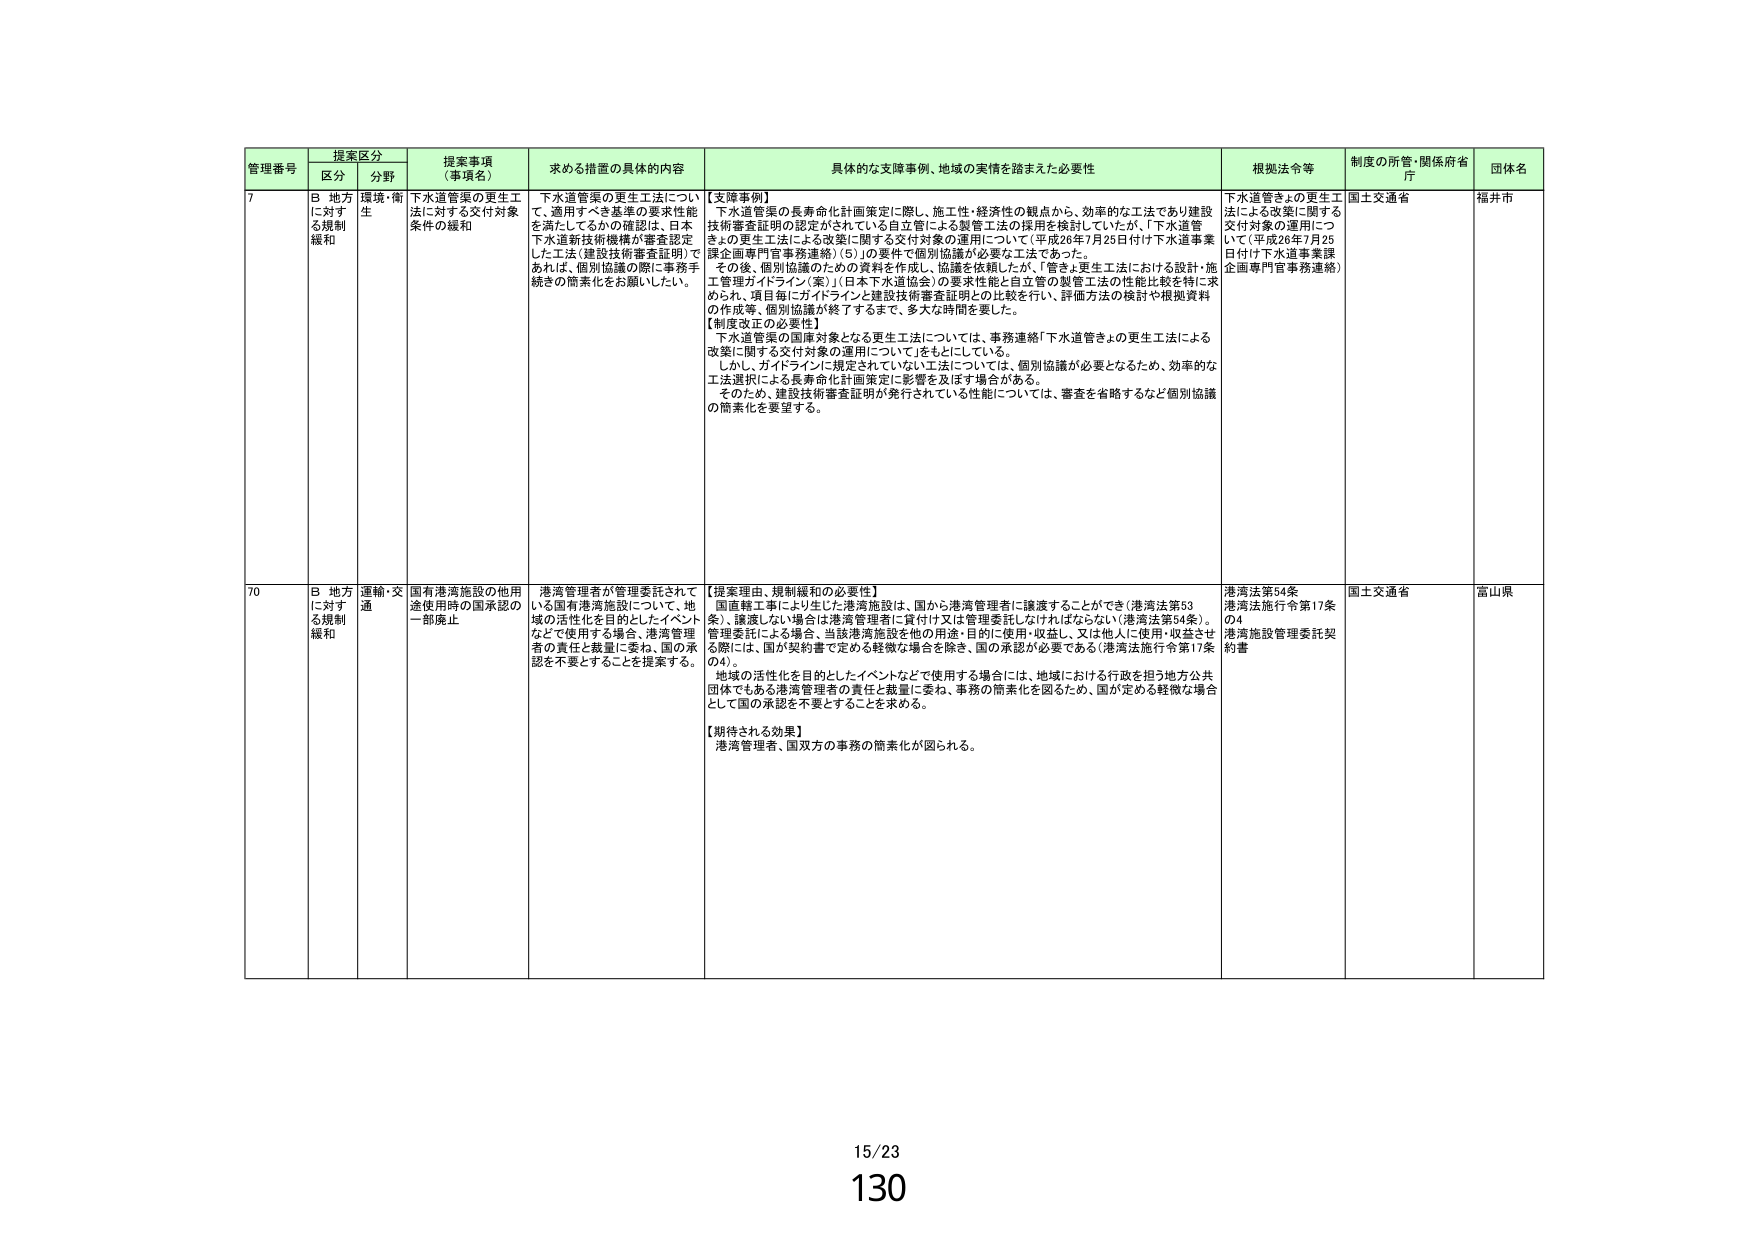
管理番号 提案区分 提案事項（事項名） 求める措置の具体的内容 具体的な支援事例、地域の実情を踏まえた必要性 根拠法令等 制度の所管・関係府省庁 団体名
区分 分野
7 B 地方に対する規制緩和 環境・衛生 下水道管渠の更生工法に対する交付対象条件の緩和 下水道管渠の更生工法について、適用すべき基準の要求性能を満たしているかの確認は、日本下水道新技術機構が審査認定した工法（建設技術審査証明）であれば、個別協議の際に事務手続きの簡素化をお願いしたい。 【支援事例】 下水道管渠の長寿命化計画策定に際し、施工性・経済性の観点から、効率的な工法であり建設技術審査証明の認定がされている自立管による製管工法の採用を検討していたが、「下水道管きょの更生工法による改案に関する交付対象の運用について（平成26年7月25日付け下水道事業課企画専門官事務連絡）（5）」の要件で個別協議が必要な工法であった。 その後、個別協議のための資料を作成し、協議を依頼したが、「管きょ更生工法における設計・施工管理ガイドライン（案）」（日本下水道協会）の要求性能と自立管の製管工法の性能比較を特に求められ、項目毎にガイドラインと建設技術審査証明との比較を行い、評価方法の検討や根拠資料の作成等、個別協議が終了するまで、多大な時間を要した。 【制度改正の必要性】 下水道管渠の国庫対象となる更生工法については、事務連絡「下水道管きょの更生工法による改案に関する交付対象の運用について」をもとにしている。 しかし、ガイドラインに規定されていない工法については、個別協議が必要となるため、効率的な工法選択による長寿命化計画策定に影響を及ぼす場合がある。 そのため、建設技術審査証明が発行されている性能については、審査を省略するなど個別協議の簡素化を要望する。 下水道管きょの更生工法による改案に関する交付対象の運用について（平成26年7月25日付け下水道事業課企画専門官事務連絡） 国土交通省 福井市
70 B 地方に対する規制緩和 運輸・交通 国有港湾施設の他用途使用時の国承認の一部廃止 港湾管理者が管理委託されている国有港湾施設について、地域の活性化を目的としたイベントなどで使用する場合、港湾管理者の責任と裁量に委ね、国の承認を不要とすることを提案する。 【提案理由、規制緩和の必要性】 国直轄工事により生じた港湾施設は、国から港湾管理者に譲渡することができる（港湾法第53条）、譲渡しない場合は港湾管理者に貸付け又は管理委託しなければならない（港湾法第54条）。 管理委託による場合、当該港湾施設を他の用途・目的に使用・収益し、又は他人に使用・収益させる際には、国が契約書で定める軽微な場合を除き、国の承認が必要である（港湾法施行令第17条の4）。 地域の活性化を目的としたイベントなどで使用する場合には、地域における行政を担う地方公共団体でもある港湾管理者の責任と裁量に委ね、事務の簡素化を図るため、国が定める軽微な場合として国の承認を不要とすることを求める。 【期待される効果】 港湾管理者、国双方の事務の簡素化が図られる。 港湾法第54条 港湾法施行令第17条の4 港湾施設管理委託契約書 国土交通省 富山県
15/23
130